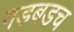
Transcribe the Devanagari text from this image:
गडबडच